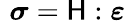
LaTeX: \, \, {\boldsymbol{\sigma}}={\mathsf{H}}:{\boldsymbol{\varepsilon}}\,